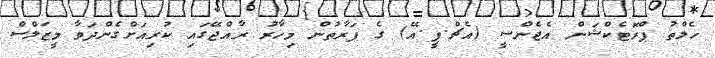
ހެލްތު ޕްރޮޓެކްޝަން އެޖެންސީ (އެޗް.ޕީ.އޭ) ގެ ފަރާތުން މިހާރު ރާއްޖޭގައި ކުރިއަށްގެންދަވާ މީޒަލްސް